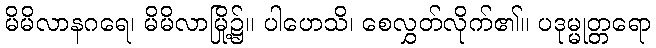
မိမိလာနဂရေ၊ မိမိလာမြို့၌။ ပါဟေသိ၊ စေလွှတ်လိုက်၏။ ပဒုမ္မုတ္တရော